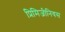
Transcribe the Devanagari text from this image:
प्रिमिजीनियस